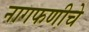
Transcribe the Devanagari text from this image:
नागफणीचे